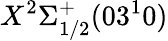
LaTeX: X^{2}\Sigma_{1/2}^{+}(03^{1}0)